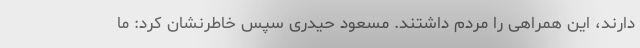
دارند، این همراهی را مردم داشتند. مسعود حیدری سپس خاطرنشان کرد: ما